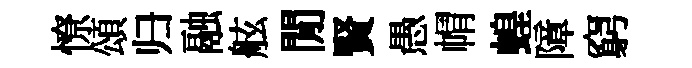
憭頌归融舷閒賢愚㡌蝗障窮